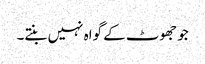
جو جھوٹ کے گواہ نہیں بنتے۔